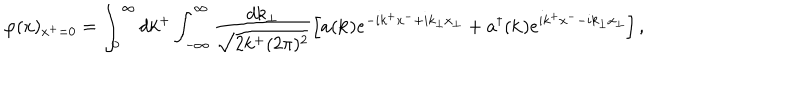
\varphi ( x ) _ { x ^ { + } = 0 } = \int _ { 0 } ^ { \infty } d k ^ { + } \int _ { - \infty } ^ { \infty } \frac { d k _ { \perp } } { \sqrt { 2 k ^ { + } ( 2 \pi ) ^ { 2 } } } \left[ a ( { \bf k } ) e ^ { - i k ^ { + } x ^ { - } + i k _ { \perp } x _ { \perp } } + a ^ { \dagger } ( { \bf k } ) e ^ { i k ^ { + } x ^ { - } - i k _ { \perp } x _ { \perp } } \right] ,